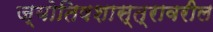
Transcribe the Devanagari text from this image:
ज्योतिषशास्त्रावरील